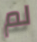
لم